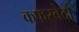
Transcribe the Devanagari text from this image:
कफस्वेदौ